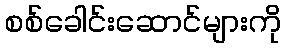
စစ်ခေါင်းဆောင်များကို